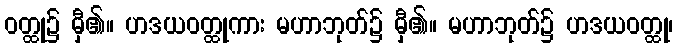
ဝတ္ထု၌ မှီ၏။ ဟဒယဝတ္ထုကား မဟာဘုတ်၌ မှီ၏။ မဟာဘုတ်၌ ဟဒယဝတ္ထု၊